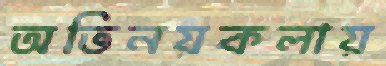
অভিনয়কলায়